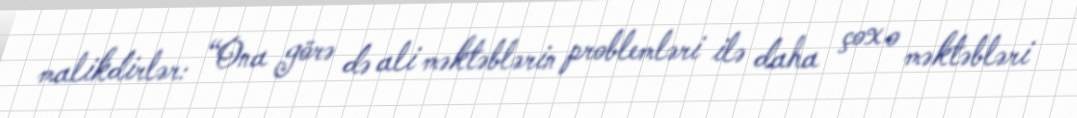
malikdirlər: “Ona görə də ali məktəblərin problemləri ilə daha çox o məktəbləri